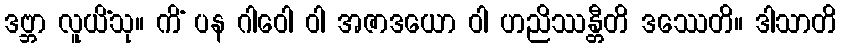
ဒဗ္ဘာ လူယိံသု။ ကိံ ပန ဂါဝေါ ဝါ အဇာဒယော ဝါ ဟညိဿန္တီတိ ဒဿေတိ။ ဒါသာတိ